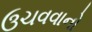
ઉચવવાનો